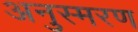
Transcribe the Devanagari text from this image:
अनुस्मरण